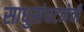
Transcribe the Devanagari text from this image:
साधुसंघटनेची